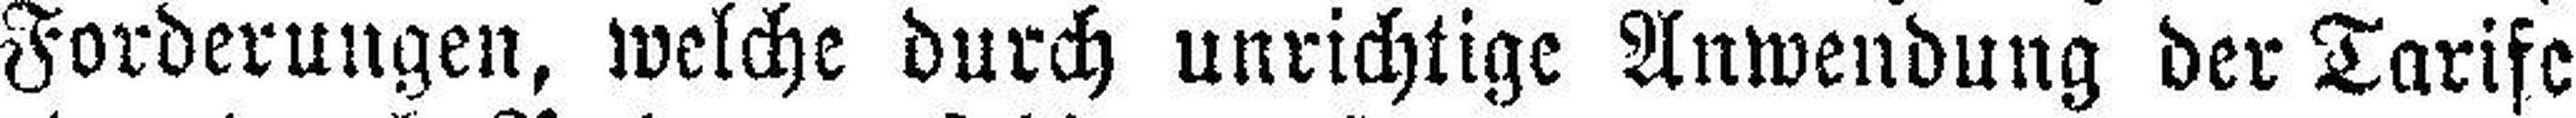
Forderungen, welche durch unrichtige Anwendung der Tarife